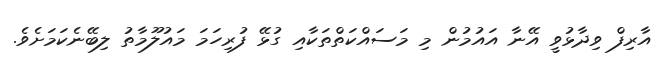
އާރިފް ވިދާޅުވީ އޭނާ އައުމުން މި މަސައްކަތްތަކާއި ގުޅޭ ފުރިހަމަ މައުލޫމާތު ލިބޭނެކަމަށެވެ.